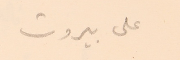
على بيروت